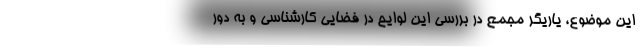
این موضوع، یاریگر مجمع در بررسی این لوایح در فضایی کارشناسی و به دور